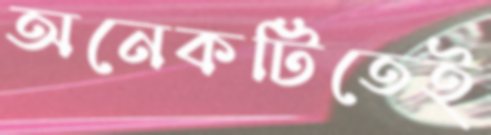
অনেকটিতেই